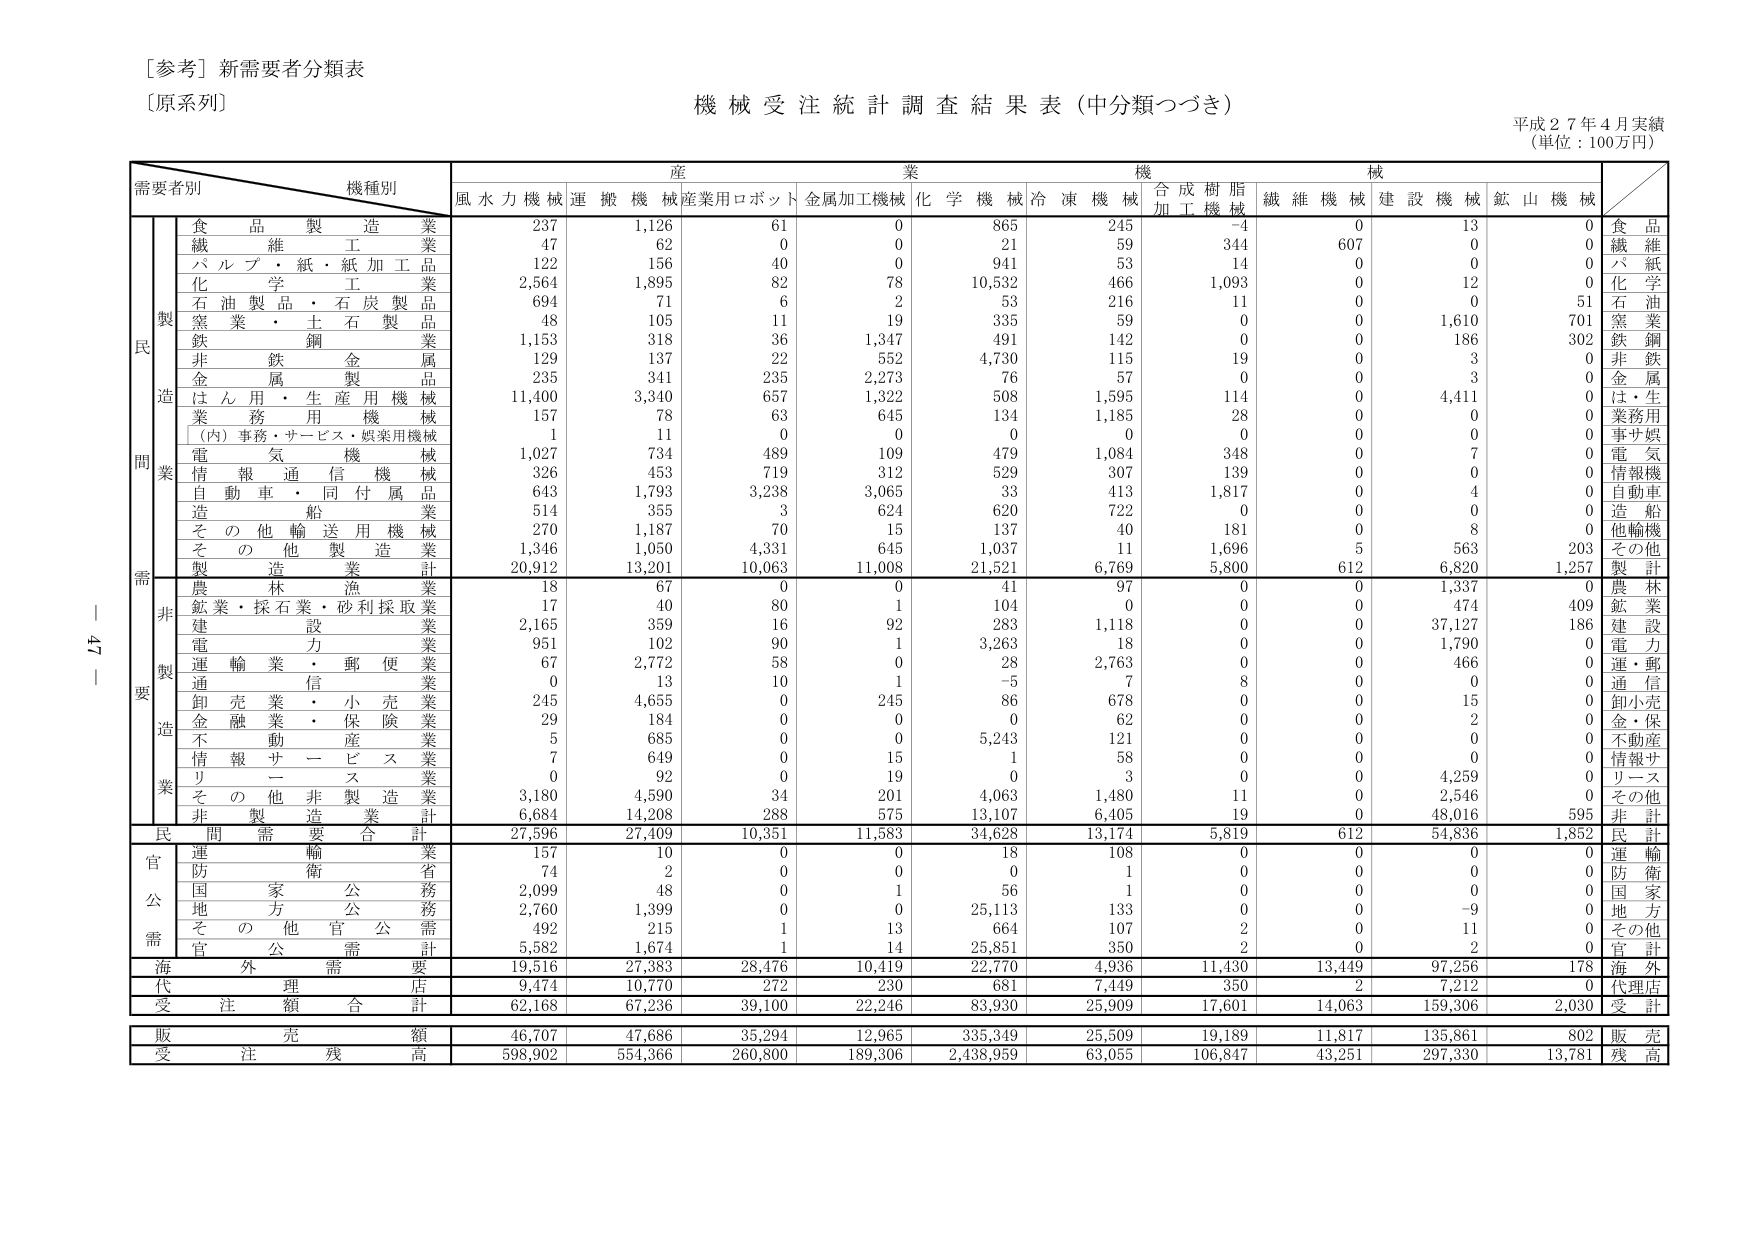
[参考] 新需要者分類表
[原系列]

機械受注統計調査結果表（中分類つづき）
平成27年4月実績
（単位：100万円）

需要者別　機種別